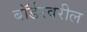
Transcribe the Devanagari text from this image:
बॉर्डरवरील